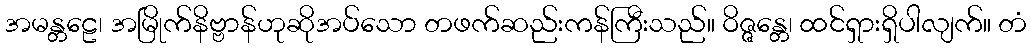
အမန္တဠေ၊ အမြိုက်နိဗ္ဗာန်ဟုဆိုအပ်သော တဖက်ဆည်းကန်ကြီးသည်။ ဝိဇ္ဇန္တေ၊ ထင်ရှားရှိပါလျက်။ တံ